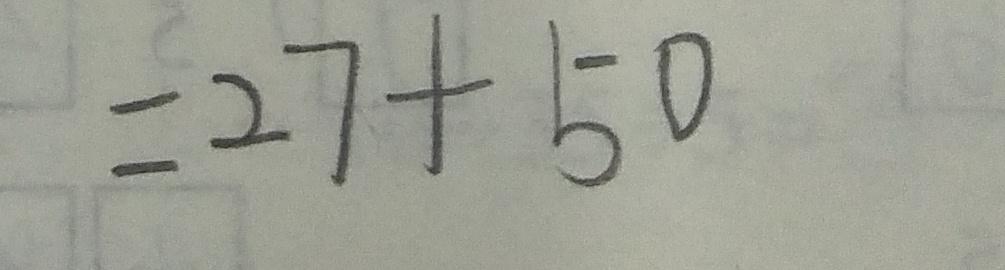
= 2 7 + 5 0